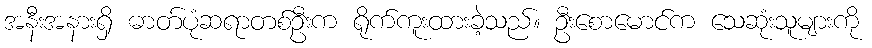
အနီးအနားရှိ ဓာတ်ပုံဆရာတစ်ဦးက ရိုက်ကူးထားခဲ့သည်။ ဦးစောမောင်က သေဆုံးသူများကို